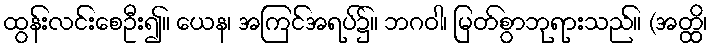
ထွန်းလင်းစေဦး၍။ ယေန၊ အကြင်အရပ်၌။ ဘဂဝါ၊ မြတ်စွာဘုရားသည်။ (အတ္ထိ၊